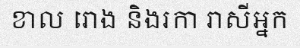
ខាល រោង និងរកា រាសីអ្នក